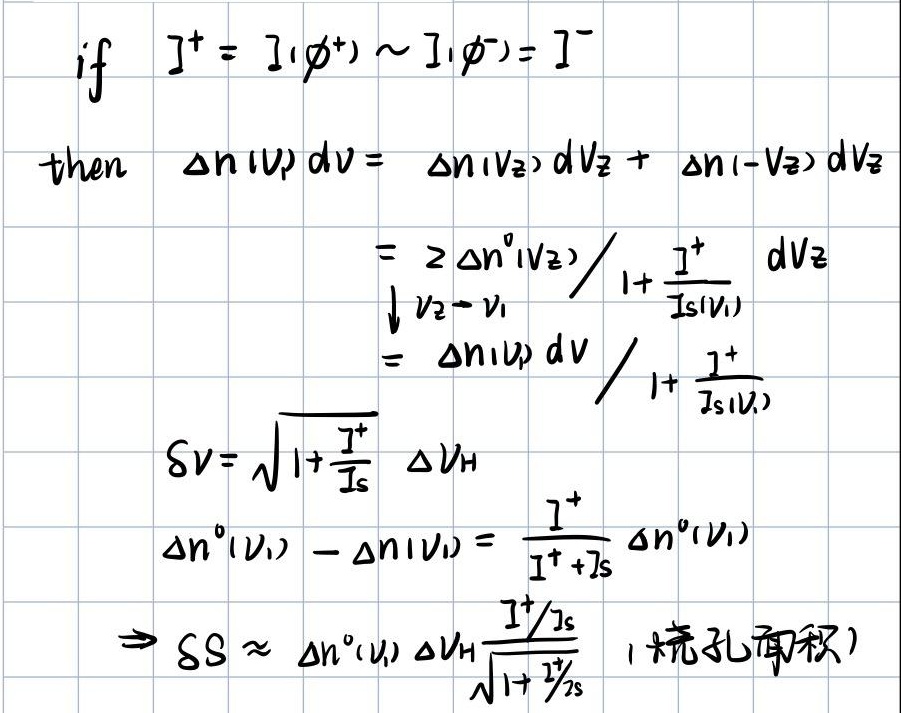
\[
\begin{align*}
&\text{if } I^{+} = I(\phi^{+})\sim I(\phi^{-}) = I^{-}\\
&\text{then } \Delta n(V)dV=\Delta n(V_{2})dV_{2}+\Delta n(-V_{2})dV_{2}\\
&=2\Delta n^{0}(V_{2})/\left(1 + \frac{I^{+}}{I_{S}(V_{1})}\right)dV_{2}\\
&\underset{V_{2}\to V_{1}}{\downarrow}=\Delta n(V)dV/\left(1 + \frac{I^{+}}{I_{S}(V_{1})}\right)\\
&\delta V=\sqrt{1 + \frac{I^{+}}{I_{S}}}\Delta V_{H}\\
&\Delta n^{0}(V_{1})-\Delta n(V_{1})=\frac{I^{+}}{I^{+}+I_{S}}\Delta n^{0}(V_{1})\\
&\Rightarrow \delta S\approx\Delta n^{0}(V_{1})\Delta V_{H}\frac{I^{+}/I_{S}}{\sqrt{1 + \frac{I^{+}}{I_{S}}}}\text{ (梳孔面积)}
\end{align*}
\]